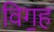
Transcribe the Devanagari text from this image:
विग॒ह